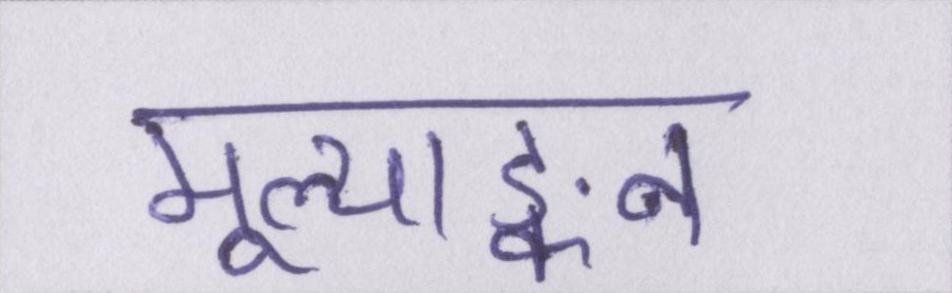
मूल्याङ्कन